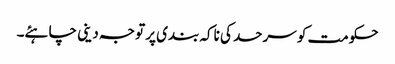
حکومت کو سرحد کی ناکہ بندی پر توجہ دینی چاہئے۔